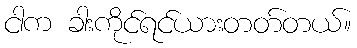
ငါက ခါးကိုင်ရင်ယားတတ်တယ်။